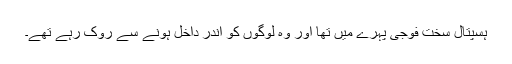
ہسپتال سخت فوجی پہرے میں تھا اور وہ لوگوں کو اندر داخل ہونے سے روک رہے تھے۔